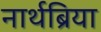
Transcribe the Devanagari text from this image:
नार्थब्रिया